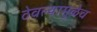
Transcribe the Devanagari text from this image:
ठेवल्यामुळेच